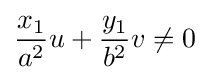
{\frac {x_{1}}{a^{2}}}u+{\frac {y_{1}}{b^{2}}}v\neq 0